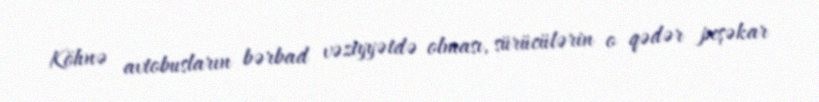
Köhnə avtobusların bərbad vəziyyətdə olması, sürücülərin o qədər peşəkar